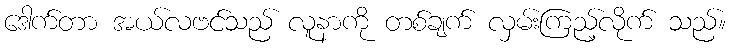
ဒေါက်တာ အယ်လဗင်သည် လူနာကို တစ်ချက် လှမ်းကြည့်လိုက် သည်။